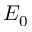
E _ { 0 }